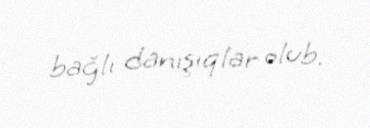
bağlı danışıqlar olub.